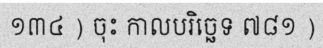
១៣៤ ) ចុះ កាលបរិច្ឆេទ ៧៨១ )